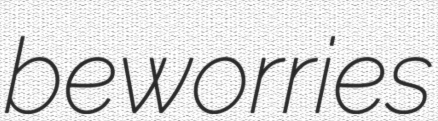
beworries